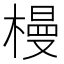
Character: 槾